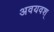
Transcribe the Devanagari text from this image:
अवयवश्